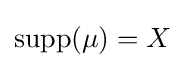
\operatorname {supp} (\mu )=X